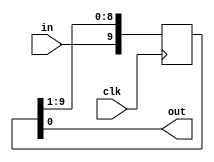

// Created by David Guillen Fandos
// david@davidgf.net
// You may use it as long as you share the sources

`timescale 1ns / 1ps

// Basic N depth synchronizer

module synch #(parameter depth = 10)
(
	input  clk,
	input  in,
	output out
);

// ACK synchronizer
//ASYNC_REG = "TRUE", 
(* SHIFT_EXTRACT="NO", OPTIMIZE ="OFF", KEEP="yes" *)
reg  [(depth-1):0] istate;

always @(posedge clk)
	istate <= { in, istate[(depth-1):1] };

assign out = istate[0];

endmodule